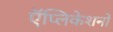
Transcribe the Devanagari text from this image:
ऍप्लिकेशनों